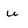
Character: u